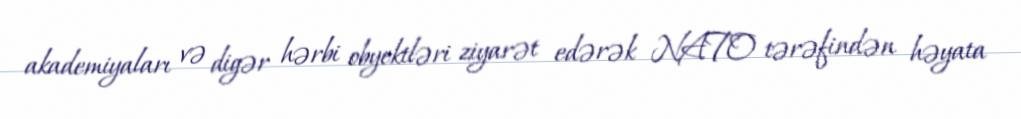
akademiyaları və digər hərbi obyektləri ziyarət edərək NATO tərəfindən həyata